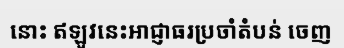
នោះ ឥឡូវនេះអាជ្ញាធរប្រចាំតំបន់ ចេញ